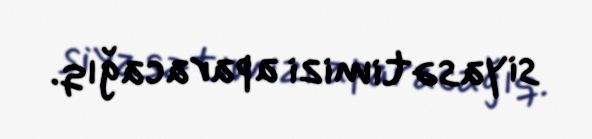
siyasətimizi aparacağıq.